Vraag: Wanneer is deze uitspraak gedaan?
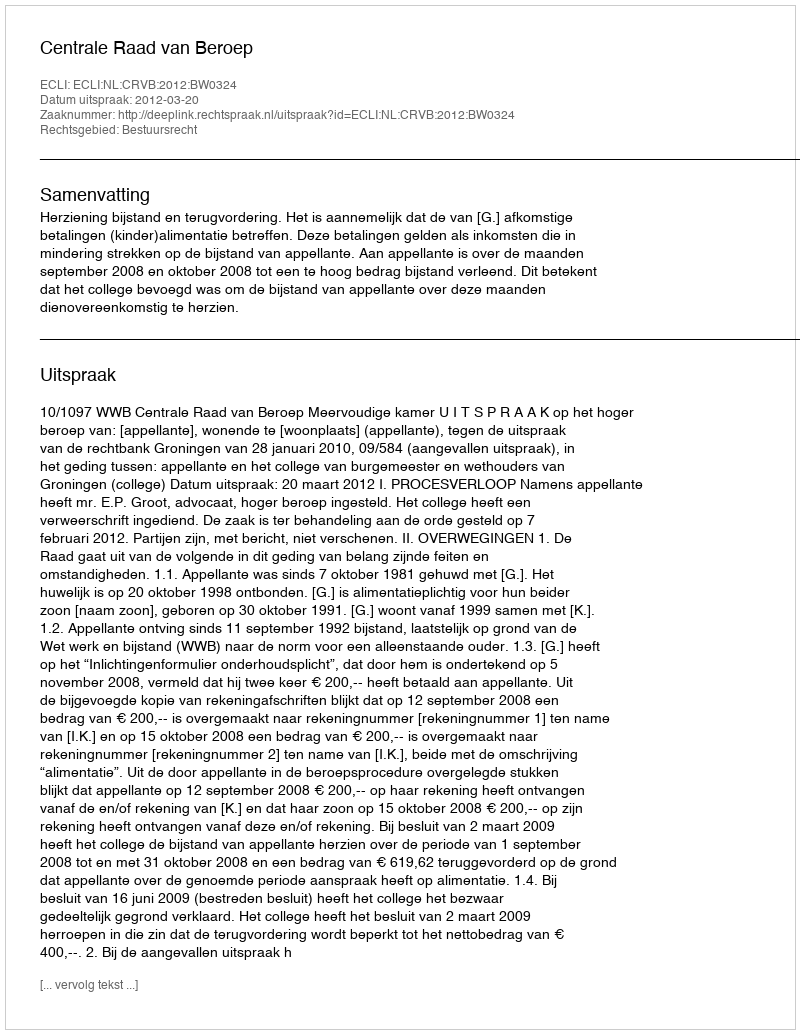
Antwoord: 2012-03-20